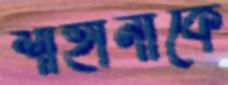
শাহানাকে